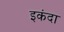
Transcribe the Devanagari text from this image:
इकंदा